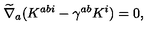
\widetilde { \nabla } _ { a } ( K ^ { a b i } - \gamma ^ { a b } K ^ { i } ) = 0 ,